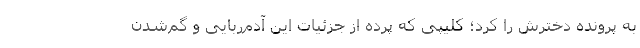
به پرونده دخترش را کرد؛ کلیپی که پرده از جزئیات این آدم‌ربایی و گم‌شدن